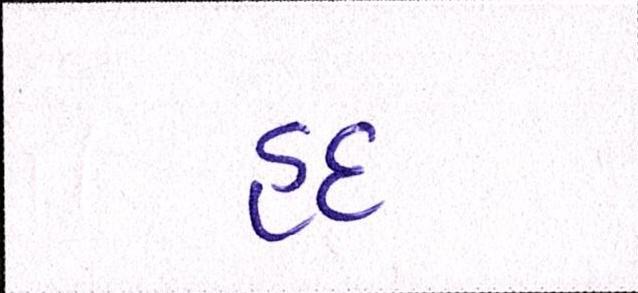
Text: હદ